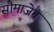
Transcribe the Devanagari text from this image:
सौमाजेन